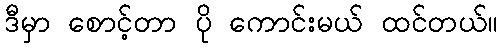
ဒီမှာ စောင့်တာ ပို ကောင်းမယ် ထင်တယ်။